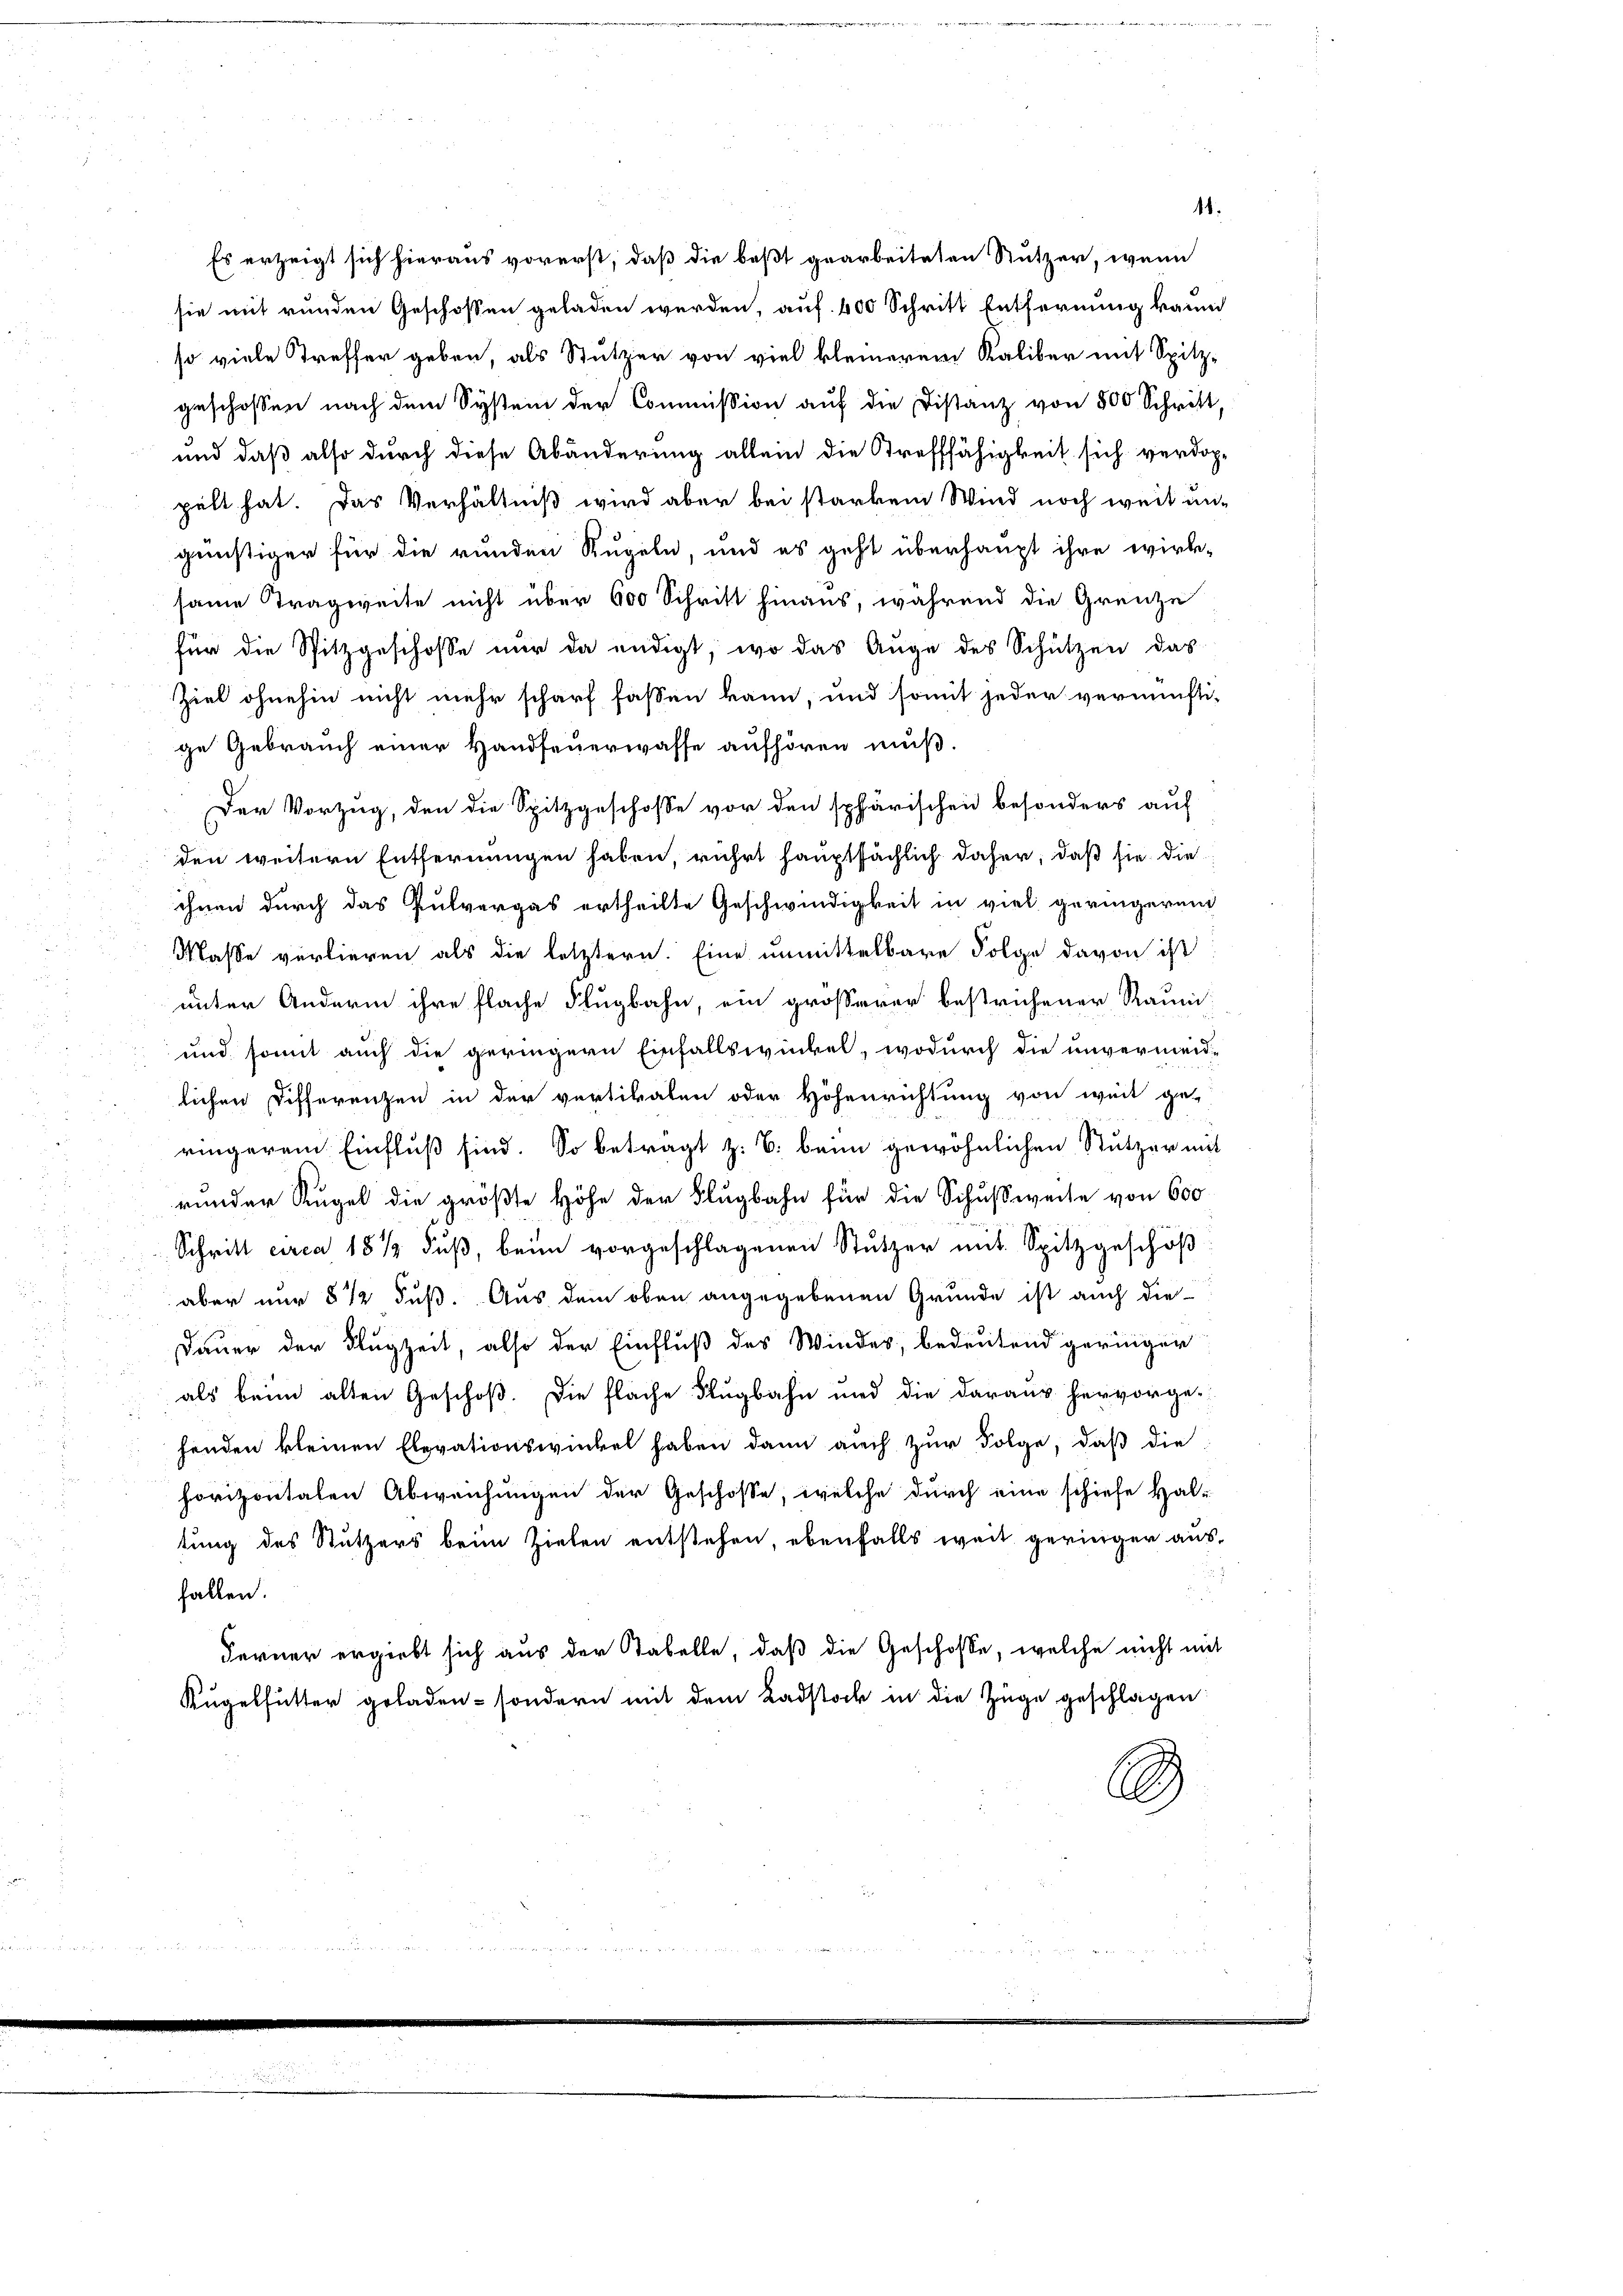
sie mit runden Geschossen geladen werden, auf 400 Schritt Entfernung kann
so viele Treffer geben, als Stutzer von viel kleinerem Kaliber mit Spitz-
geschossen nach dem System der Commission auf die Distanz von 500 Schritt,
und daß also durch diese Abänderung allein die Strefffähigkeit sich verdoppelt hat. Das Verhältniß wird aber bei starkem Wind noch weit un-
günstiger für die runden Kugeln, und es geht überhaupt ihre wirk-
same Tragweite nicht über 600 Schritt hinaus, während die Grenze
für die Spitzgeschosse nur da endigt, wo das Auge des Schützen das
Ziel ohnehin nicht mehr scharf fassen kann, und somit jeder vernünfti-
ge Gebrauch einer Handfeuerwasse aufhören muß.
Der Vorzug, den die Spitzgeschosse vor den sphärischen besonders auf
den weitern Entfernungen haben, rührt hauptsächlich daher, daß sie die
ihnen durch das Pulvergas ertheilte Geschwindigkeit in viel geringerend
Masse verlieren als die letztern. Eine unmittelbare Folge davon ist
unter Andern ihre flache Flugbahn, ein größerer bestrichener Raum-
und somit auch die geringern Einfallswinkel, wodurch die unvermeid-
lichen Differenzen in der vertikalen oder Höhenrichtung von weit ge-
ringerem Einfluß sind. So betragt z. B. beim gewöhnlichen Stutzer mit
runder Kugel die größte Höhe der Flugbahn für die Schußweise von 600
Schritt circa 18 1/2 Fuß, beim vorgeschlagenen Stutzer mit Spitzgeschöß
aber nur 8 1/2 Fuß. Aus dem oben angegebenen Grunde ist auch die
Dauer der Flugzeit, also der Einfluß des Winder, bedeutend geringer
als beim alten Geschoß. Die Fläche Flugbahn und die daraus hervorge-
henden kleinen Elevationswinkel haben dann auch zur Folge, daß die
horizontalen Abweichungen der Geschosse, welche durch eine schiefe Haltung des Stutzers beim Zielen entstehen, ebenfalls weit geringer aus¬

fallen.
Ferner ergiebt sich aus der Tabelle, daß die Geschosse, welche nicht mit
Kugelhütter geladen - sondern mit dem Radstock in die Züge geschlagen
3

Es erzeigt sich hieraus vorerst, daß die beßt gearbeiteten Stutzer, wenn

11.